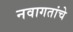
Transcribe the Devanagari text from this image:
नवागतांचे